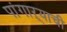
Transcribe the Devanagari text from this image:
पांगाऱ्याची